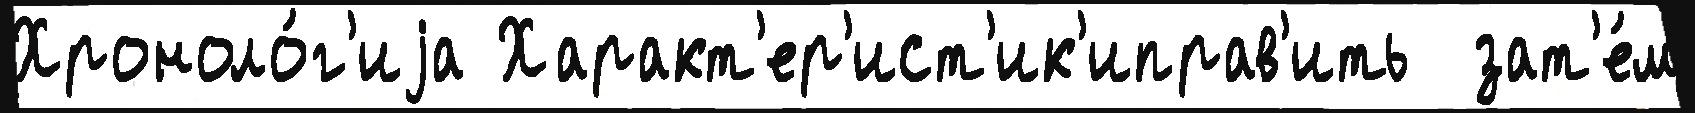
Хроноло́г'иjа Характ'ер'ист'ик'иправ'ить  зат'е́м